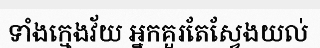
ទាំងក្មេងវ័យ អ្នកគួរតែស្វែងយល់